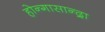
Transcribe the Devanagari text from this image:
होन्गासान्द्रा